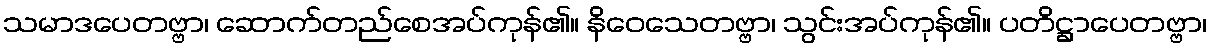
သမာဒပေတဗ္ဗာ၊ ဆောက်တည်စေအပ်ကုန်၏။ နိဝေသေတဗ္ဗာ၊ သွင်းအပ်ကုန်၏။ ပတိဋ္ဌာပေတဗ္ဗာ၊